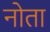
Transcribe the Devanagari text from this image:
नोता